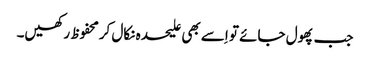
جب پھول جائے تو اِسے بھی علیحدہ نکال کرمحفوظ رکھیں۔